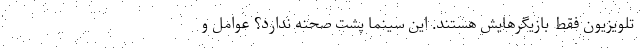
تلویزیون فقط بازیگرهایش هستند. این سینما پشت‌ صحنه ندارد؟ عوامل و